Plague in India, 1896, 1897 - Volume 3
Year: 1896
Disease focus: Plague
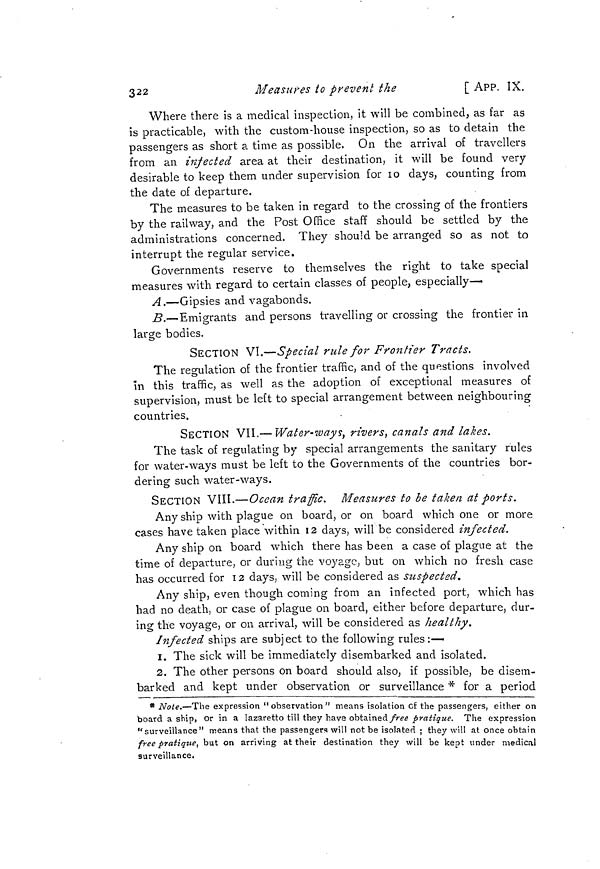
322
Measures to prevent the
[ APP. IX.
Where there is a medical inspection, it will be combined, as far as
is practicable, with the custom-house inspection, so as to detain the
passengers as short a time as possible. On the arrival of travellers
from an infected area at their destination, it will be found very
desirable to keep them under supervision for 10 days, counting from
the date of departure.
The measures to be taken in regard to the crossing of the frontiers
by the railway, and the Post Office staff should be settled by the
administrations concerned. They should be arranged so as not to
interrupt the regular service.
Governments reserve to themselves the right to take special
measures with regard to certain classes of people, especially—•
A.—Gipsies and vagabonds.
B.— Emigrants and persons travelling or crossing the frontier in
large bodies.
SECTION VI.—Special rule for Frontier Tracts.
The regulation of the frontier traffic, and of the questions involved
in this traffic, as well as the adoption of exceptional measures of
supervision, must be left to special arrangement between neighbouring
countries.
SECTION VII.— Wafer-ways, rivers, canals and lakes.
The task of regulating by special arrangements the sanitary rules
for water-ways must be left to the Governments of the countries bor-
dering such water-ways.
SECTION VIII.—Ocean traffic.
Measures to be taken at ports.
Any ship with plague on board, or on board which one or more
cases have taken place within 12 days, will be considered infected.
Any ship on board which there has been a case of plague at the
time of departure, or during the voyage, but on which no fresh case
has occurred for 12 days, will be considered as suspected.
Any ship, even though coming from an infected port, which has
had no death, or case of plague on board, either before departure, dur-
ing the voyage, or on arrival, will be considered as healthy.
Infected ships are subj ect to the following rules :—
1. The sick will be immediately disembarked and isolated.
2. The other persons on board should also, if possible, be disem-
barked and kept under observation or surveillance * for a period
* Note.—The expression "observation" means isolation of the passengers, either on
board a ship, or in a lazaretto till they have obtained free pratique. The expression
"surveillance" means that the passengers will not be isolated ; they will at once obtain
free pratique, but on arriving at their destination they will be kept under medical
surveillance.